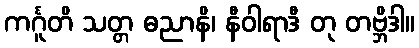
ကင်္ဂူတိ သတ္တ ဓညာနိ၊ နီဝါရာဒီ တု တဗ္ဘိဒါ။